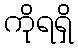
ကိုရရှိ